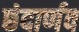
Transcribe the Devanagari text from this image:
छंदार्णव